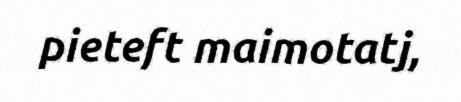
pieteft maimotatj,